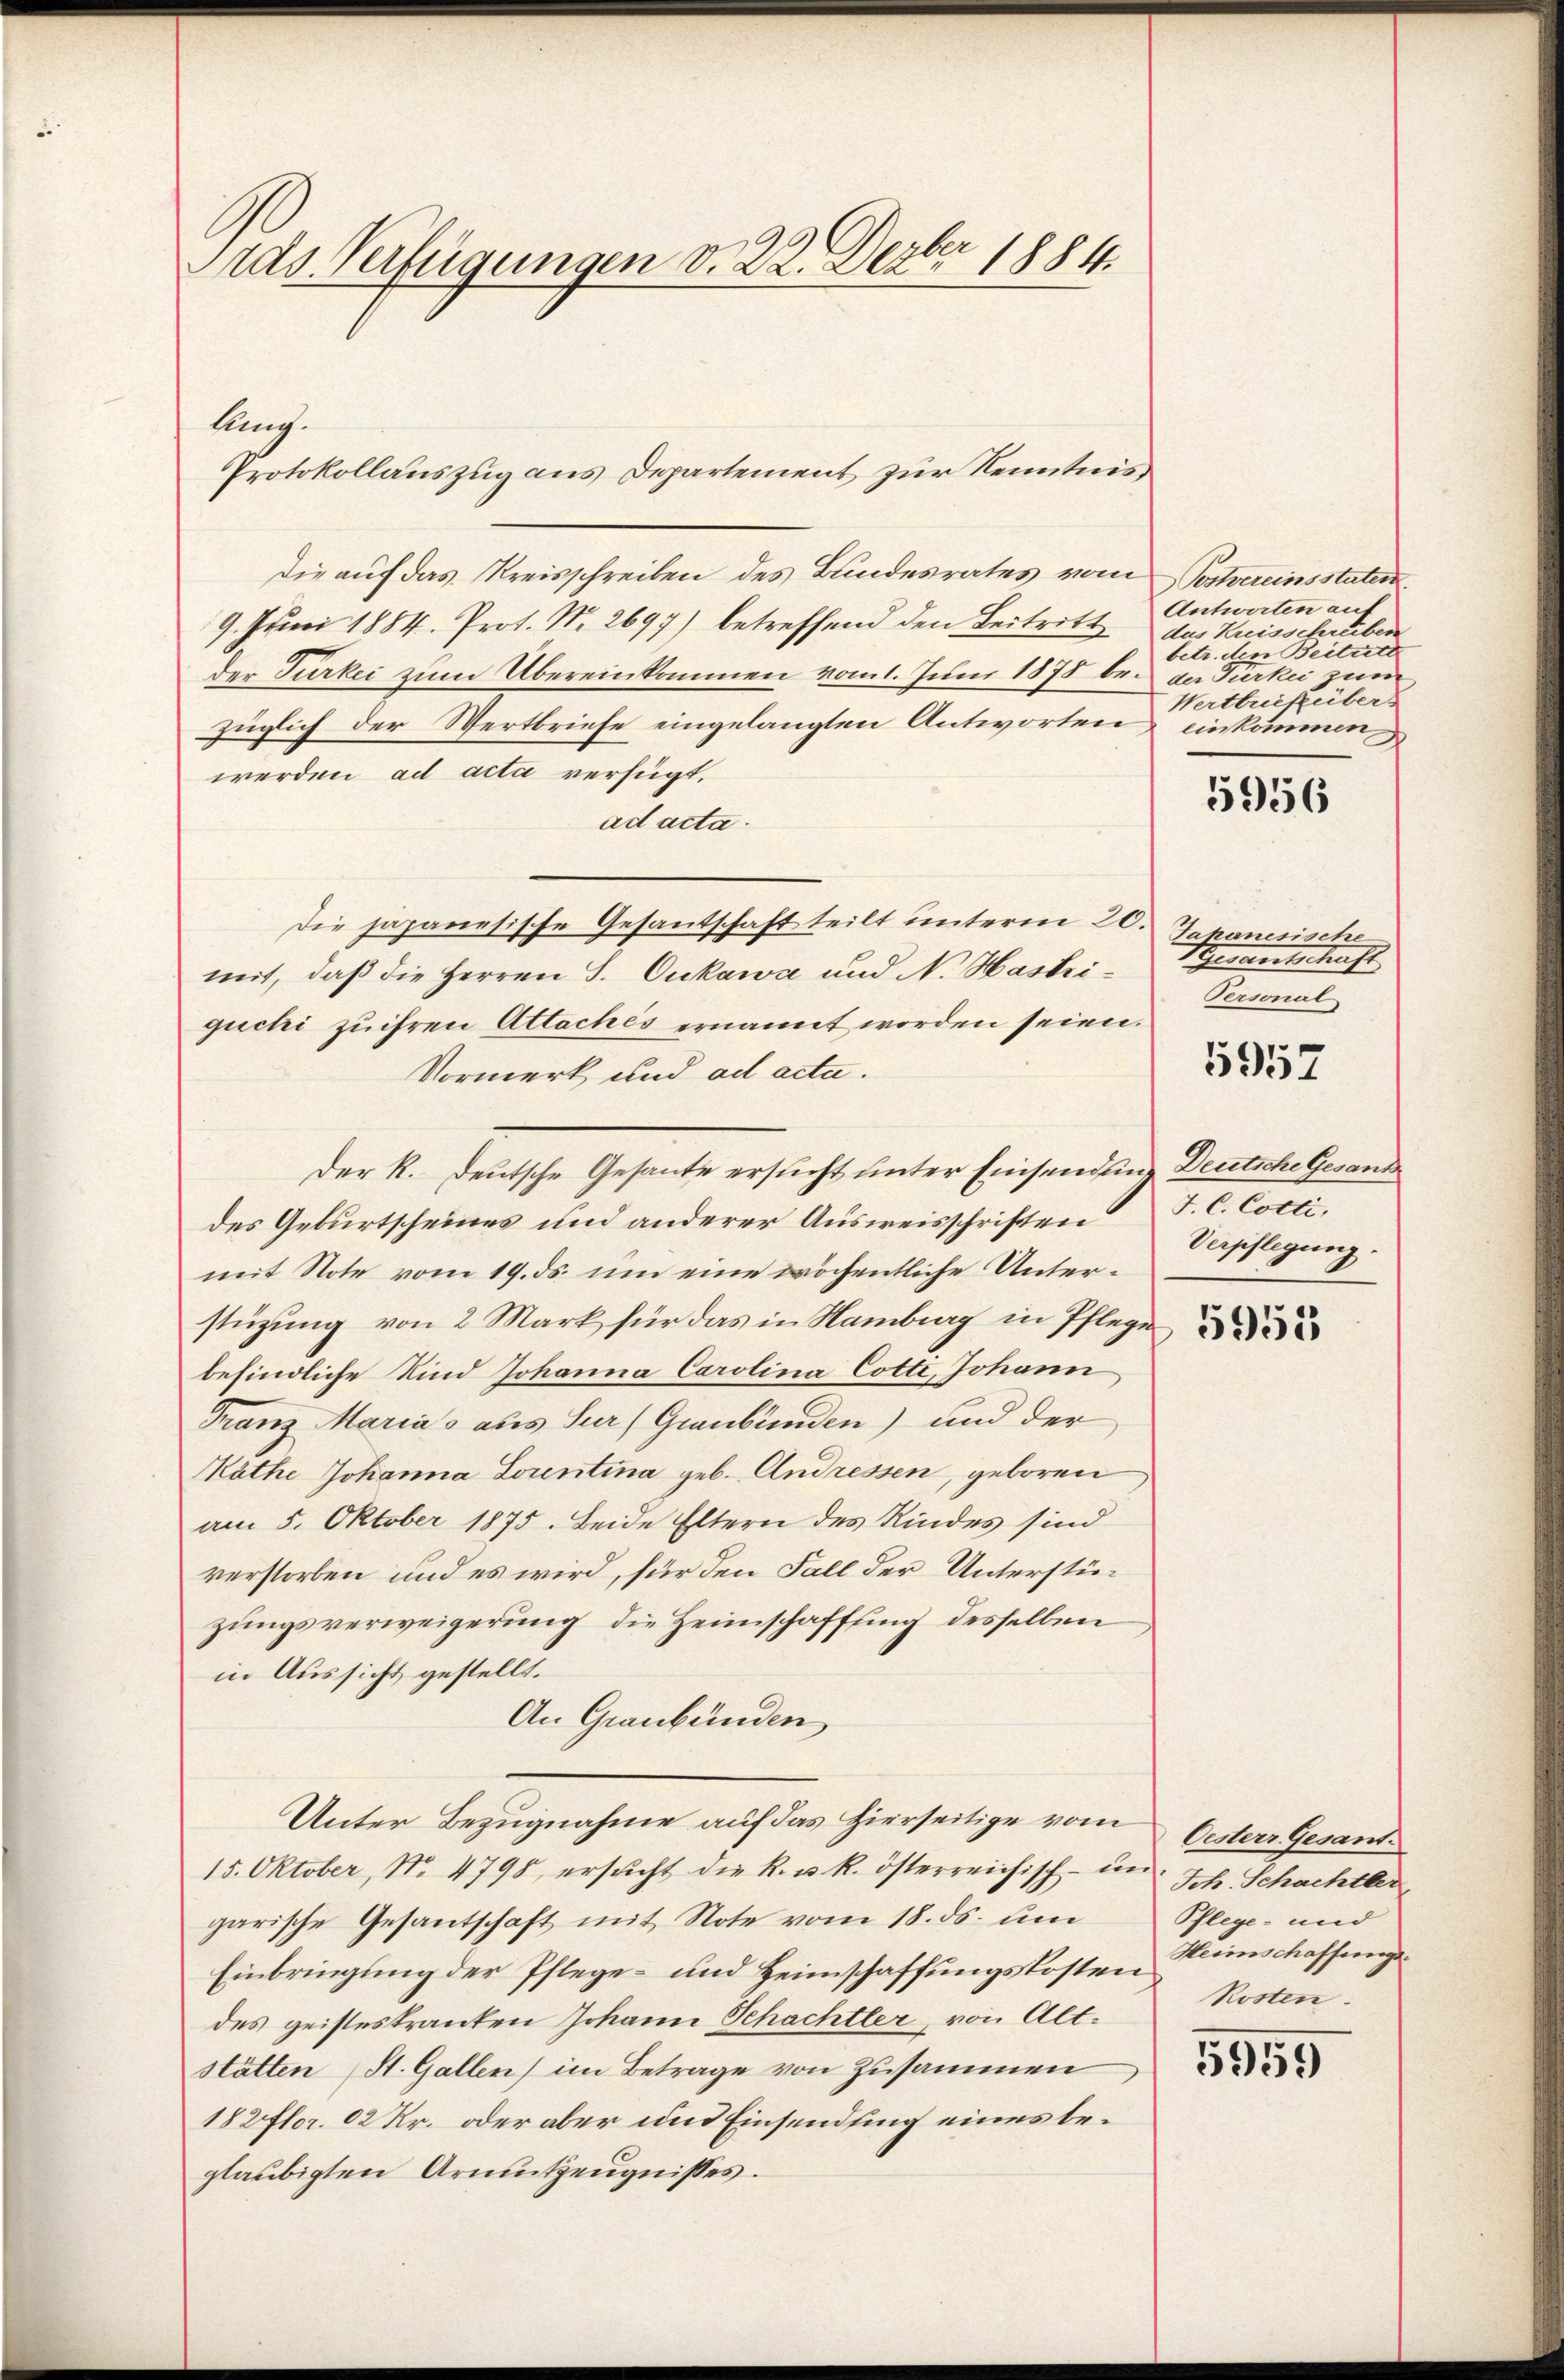
Protokollauszug aus Departement zur Kenntnis
Die auf das Kreisschreiben des Bundesrates vom Postvereinsstater
9. Juni 1884. Prot. No. 2697) betreffend den Beitritt
der Türkei zum Übereinkommen vom 1. Juni 1875 bei der Gierkei zum
züglich der Wertbriefe eingelangten Antworten einkommen
werden, ad acta verfügt,
ad acta.
Die japanesische Gesantschaft teilt unterm 20.
mit, daß die Herren S. Oukawce und N. Hastrigucki zu ihren Attaches ernannt worden seien.
Vormerk und ad acta.
Der R. deutsche Gesante ersucht unter Einsendeine Deutsche Gesanddes Geburtscheines und anderer Ausweisschriften J. C. Cocti.
mit Note vom 19. ds. um eine wöchentliche Unterstüzung von 2 Mark für das in Hamburg in Pflege
befindliche Kind Johanna Carolina Cotti, Johann
Franz Marias als Sur) Graubünden) und der
Mäthe Johanna Lorentina geb. Andressen, geboren
am 5. Oktober 1875. Beide Eltern des Kindes sind
verstorben und es wird, für den Fall der Unterstüzungsverweigerung, die Heimschaffung desselben
in Aussicht gestellt.
An Graubünden
Unter Bezugnahme auf das hierseitige von Oesters Gesant
15. Oktober, No. 4798, ersŭcht die k. u. k. österreichisch- un
garische Gesantschaft mit Note vom 18. ds. um
Einbringung der Pflege- und Heimschaffungskosten Weinschaffunge
des geisteskranten Johann Schachtler, von Altstätten (St. Gallen im Betrage von Zusammen
182 flor. 02 Kr. oder aber und Einsendung eines beglaubigten Armutzeugnisses.

Ards Verfügungen v. 22. Dezbr 1884.

lang.

Antworten auf
das Kreisschreiben
betr. den Beitritt
Wertbricküber

5956

Tapanesische
Genanntschaft
Personal

5957

Verpflegung.

Ich. Schachtler
Pflege- und
Rosten.